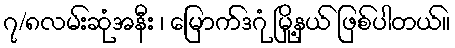
၇/၈လမ်းဆုံအနီး ၊ မြောက်ဒဂုံ မြို့နယ် ဖြစ်ပါတယ်။